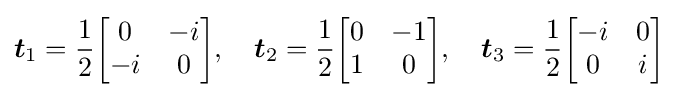
{\boldsymbol {t}}_{1}={\frac {1}{2}}{\begin{bmatrix}0&-i\\-i&0\end{bmatrix}},\quad {\boldsymbol {t}}_{2}={\frac {1}{2}}{\begin{bmatrix}0&-1\\1&0\end{bmatrix}},\quad {\boldsymbol {t}}_{3}={\frac {1}{2}}{\begin{bmatrix}-i&0\\0&i\end{bmatrix}}